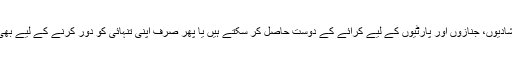
ان کمپنیوں کے ذریعے لوگ شادیوں، جنازوں اور پارٹیوں کے لیے کرائے کے دوست حاصل کر سکتے ہیں یا پھر صرف اپنی تنہائی کو دور کرنے کے لیے بھی انہیں حاصل کیا جاسکتا ہے۔